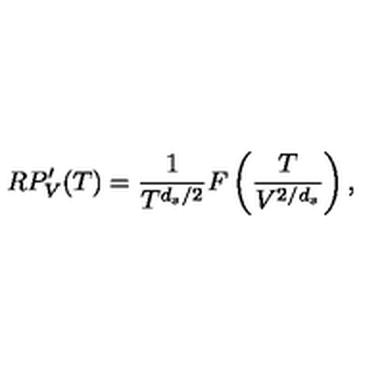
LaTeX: R P _ { V } ^ { \prime } ( T ) = \frac { 1 } { T ^ { d _ { s } / 2 } } F \left( \frac { T } { V ^ { 2 / d _ { s } } } \right) ,